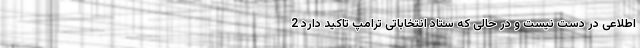
اطلاعی در دست نیست و در حالی که ستاد انتخاباتی ترامپ تاکید دارد 2